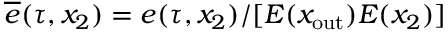
\overline { { e } } ( \tau , x _ { 2 } ) = e ( \tau , x _ { 2 } ) / [ E ( x _ { \mathrm { o u t } } ) E ( x _ { 2 } ) ]